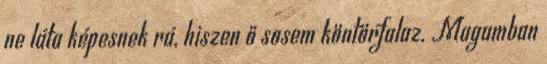
ne láta képesnek rá, hiszen ő sosem köntörfalaz. Magamban